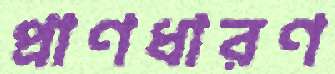
প্রাণধারণ